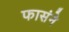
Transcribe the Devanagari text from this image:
फासंने